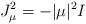
LaTeX: \begin{align*}J_\mu^2=-|\mu|^2 I\end{align*}